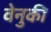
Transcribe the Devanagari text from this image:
वेनुकी